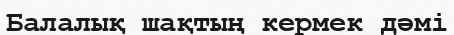
Балалық шақтың кермек дәмі